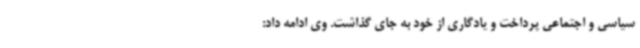
سیاسی و اجتماعی پرداخت و یادگاری از خود به جای گذاشت. وی ادامه داد: